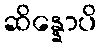
ဆိန္နောပိ